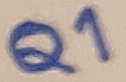
Text: Q1